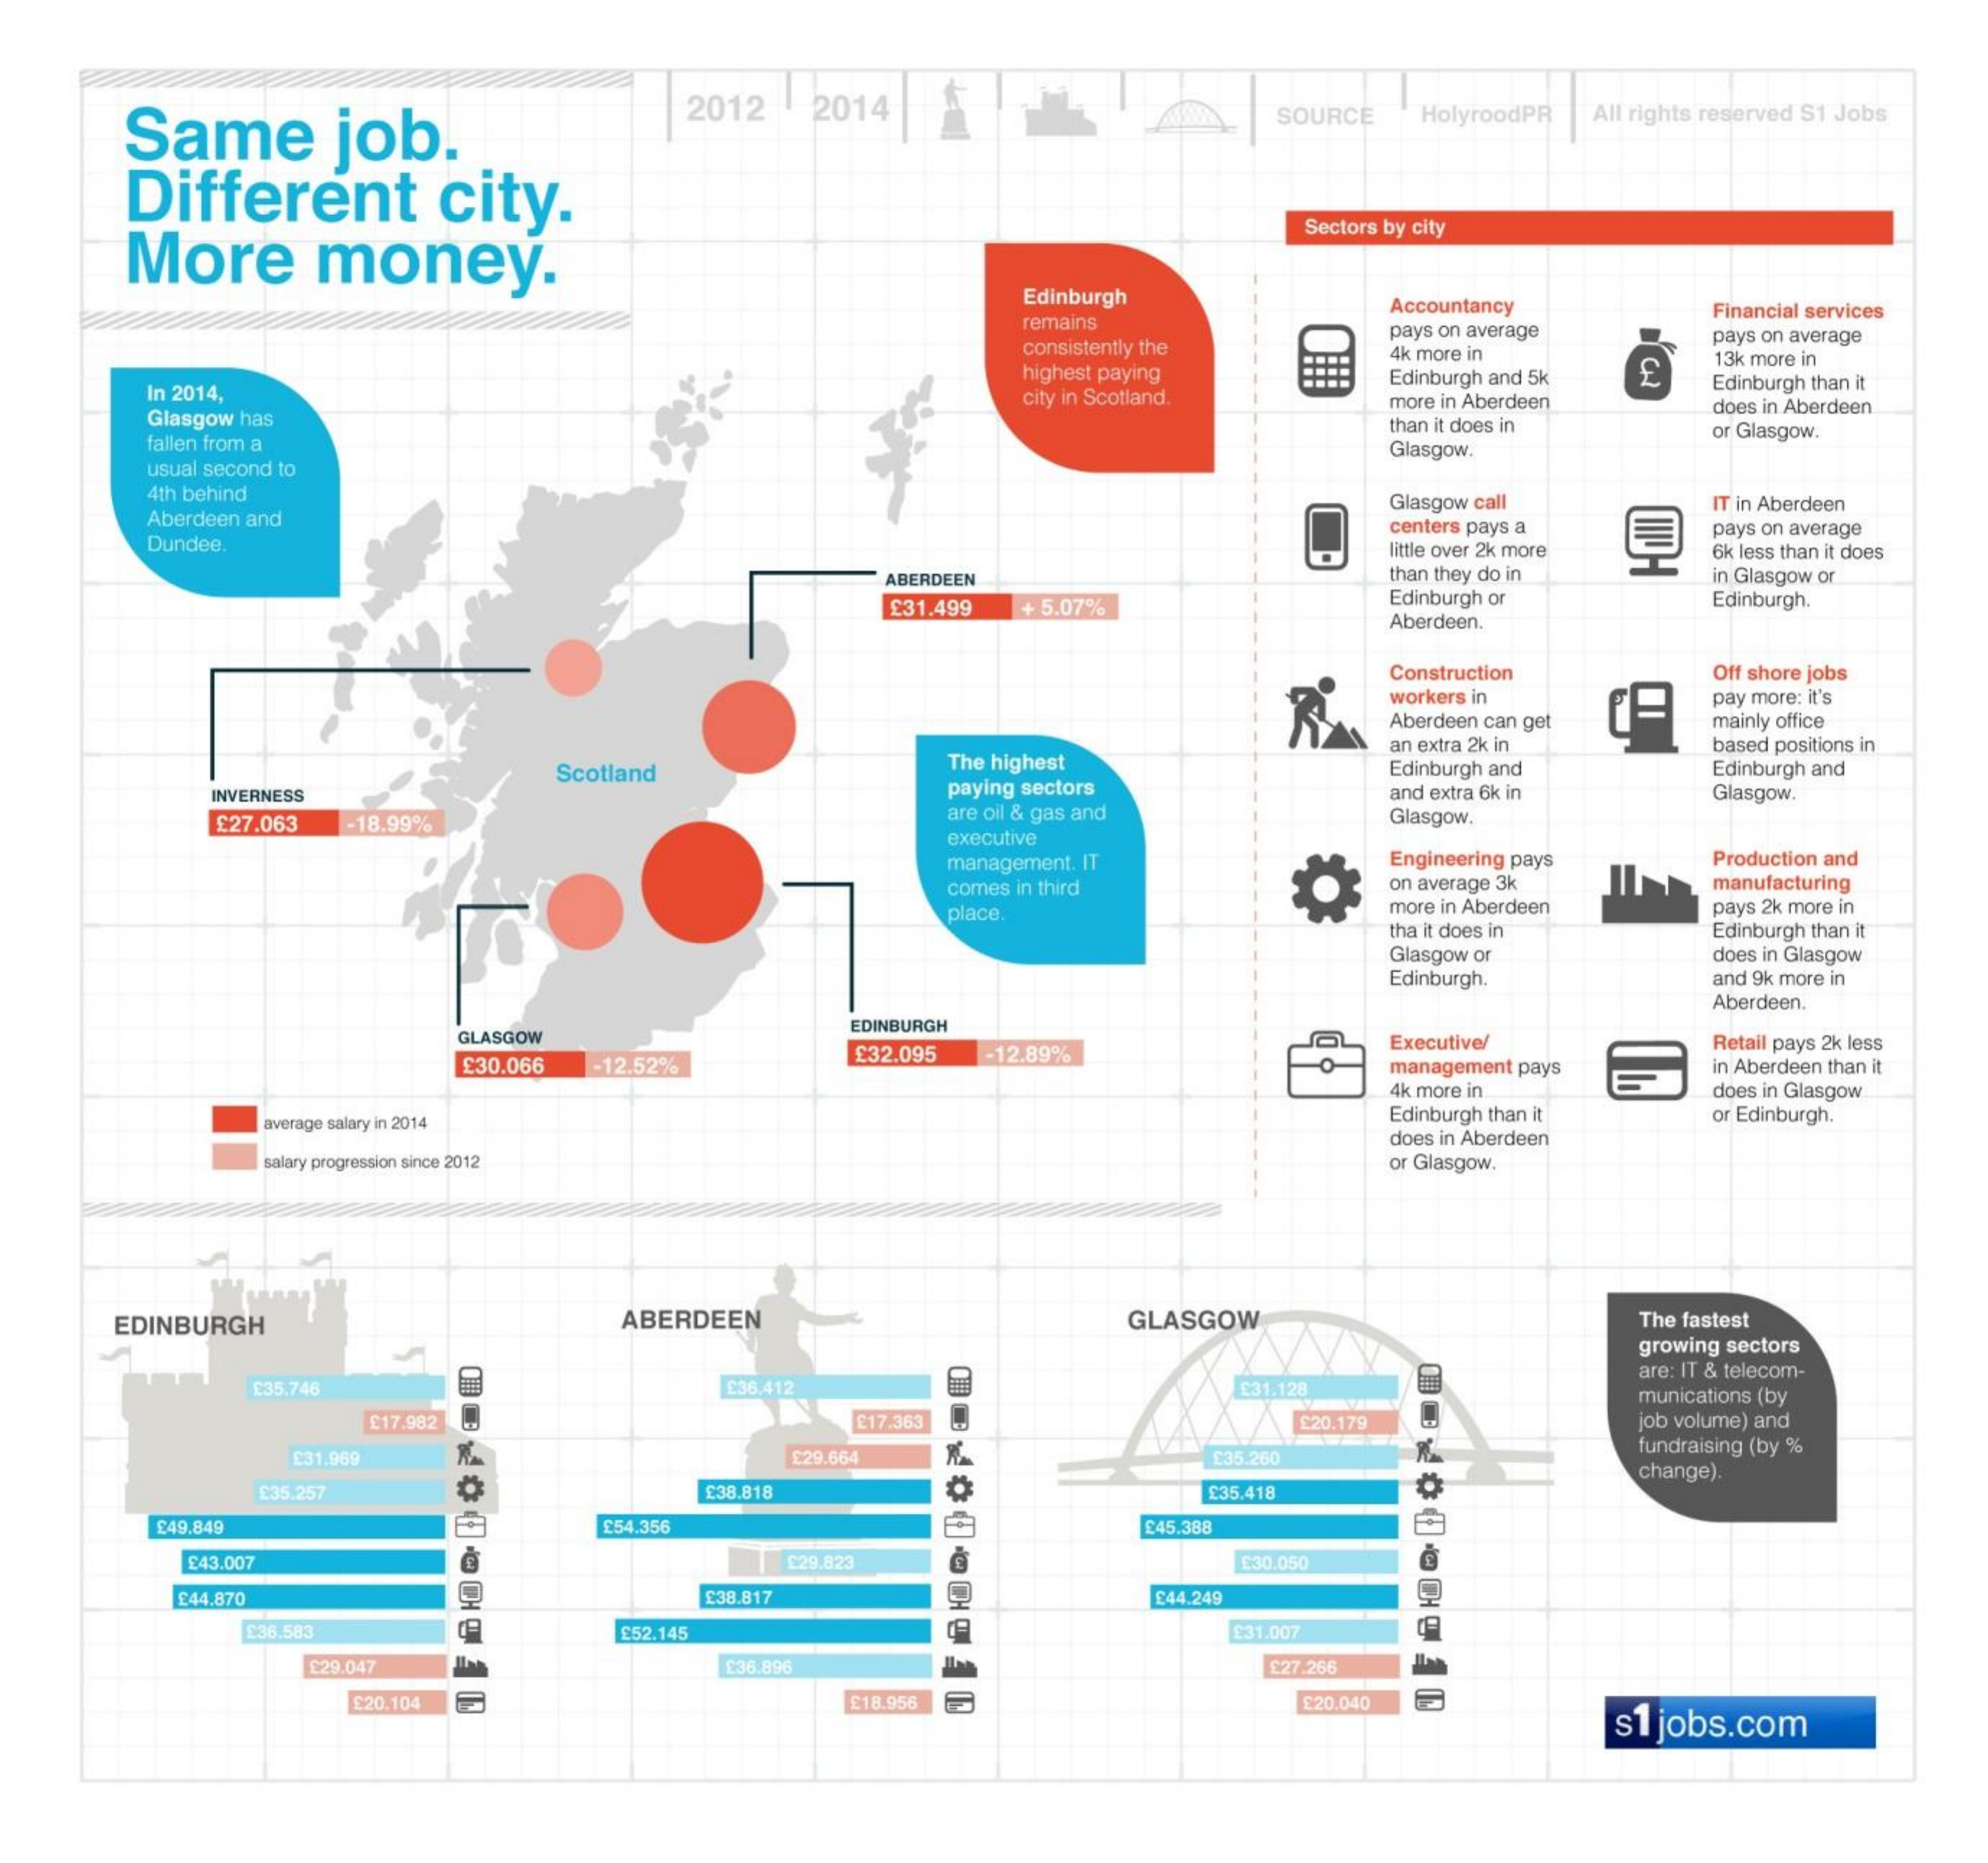
Same    job.
     2012 2014    SOURCE HolyroodPR All rights reserved S1 Jobs
     Different   city.
     More   money.
     Sectors by city
     Edinburgh
     remains
     Accountancy Financial services
     consistently the
     pays on average
     highest paying
     4k more in
     pays on average
     In 2014,    city in Scotland.
     Edinburgh and 5k
     13k more in
     Edinburgh than it
     Glasgow has
     more in Aberdeen
     than it does in
     does in Aberdeen
     fallen from a    Glasgow.
     or Glasgow.
     usual second to
     4th behind
     Aberdeen and
     Glasgow call IT in Aberdeen
     Dundee.
     centers pays a pays on average
     little over 2k more
     than they do in
     6k less than it does
     ABERDEEN    in Glasgow or
     £31.499 + 5.07%    Edinburgh or
     Aberdeen.
     Edinburgh.
     R
     Construction Off shore jobs
     workers in
     Aberdeen can get
     pay more: it's
     mainly office
     an extra 2k in based positions in
     Scotland    The highest    Edinburgh and
     INVERNESS    paying sectors
     Edinburgh and
     and extra 6k in
     £27.063 18.99%
     are oil & gas and Glasgow.
     Glasgow.
     executive
     management. IT    Engineering pays Production and
     comes in third    on average 3k manufacturing
     place.    more in Aberdeen
     tha it does in
     pays 2k more in
     Glasgow or
     Edinburgh than it
     Edinburgh.
     does in Glasgow
     and 9k more in
     Aberdeen.
     GLASGOW
     EDINBURGH
     £30.066
     £32.095 -12.89%
     Retail pays 2k less
     -12.52%    0-
     Executive/
     management pays in Aberdeen than it
     4k more in  does in Glasgow
     average salary in 2014    Edinburgh than it or Edinburgh.
     does in Aberdeen
     salary progression since 2012    or Glasgow.
     EDINBURGH    ABERDEEN    GLASGOW    The fastest
     growing sectors
     E35.746    £36.412    £31.128
     are: IT & telecom-
     munications (by
     £17.982    £17.363    £20.179    job volume) and
     £31.969    £29.664    £35.260
     fundraising (by %
     £38.818
     change).
     £35.257    135.418
     £49.849    £54.356    £45.388
     £43.007    £29.823
     £44.870    138.817    £44.240
     080 OC3
     E36.583    £52.145    £31.007
     $29.047    £36.896    £27.266
     £20.104    £18.956    £20.040
     s1 jobs.com